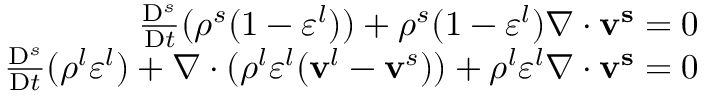
\begin{array} { r } { \frac { \mathrm { D } ^ { s } } { \mathrm { D } t } ( \rho ^ { s } ( 1 - \varepsilon ^ { l } ) ) + \rho ^ { s } ( 1 - \varepsilon ^ { l } ) \nabla \cdot \mathbf { v ^ { s } } = 0 } \\ { \frac { \mathrm { D } ^ { s } } { \mathrm { D } t } ( \rho ^ { l } \varepsilon ^ { l } ) + \nabla \cdot ( \rho ^ { l } \varepsilon ^ { l } ( \mathbf { v } ^ { l } - \mathbf { v } ^ { s } ) ) + \rho ^ { l } \varepsilon ^ { l } \nabla \cdot \mathbf { v ^ { s } } = 0 } \end{array}